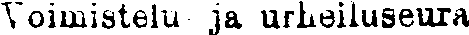
Voimistelu- ja urheiluseura